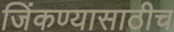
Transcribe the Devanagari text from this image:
जिंकण्यासाठीच